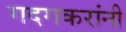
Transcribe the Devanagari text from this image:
गदगकरांनी